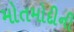
મોતમોદીની